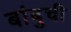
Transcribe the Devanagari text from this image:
बांबुची